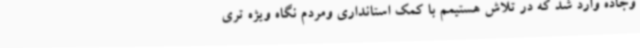
وجاده وارد شد که در تلاش هستیمم با کمک استانداری ومردم نگاه ویژه تری